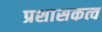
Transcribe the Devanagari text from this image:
प्रशासकत्व